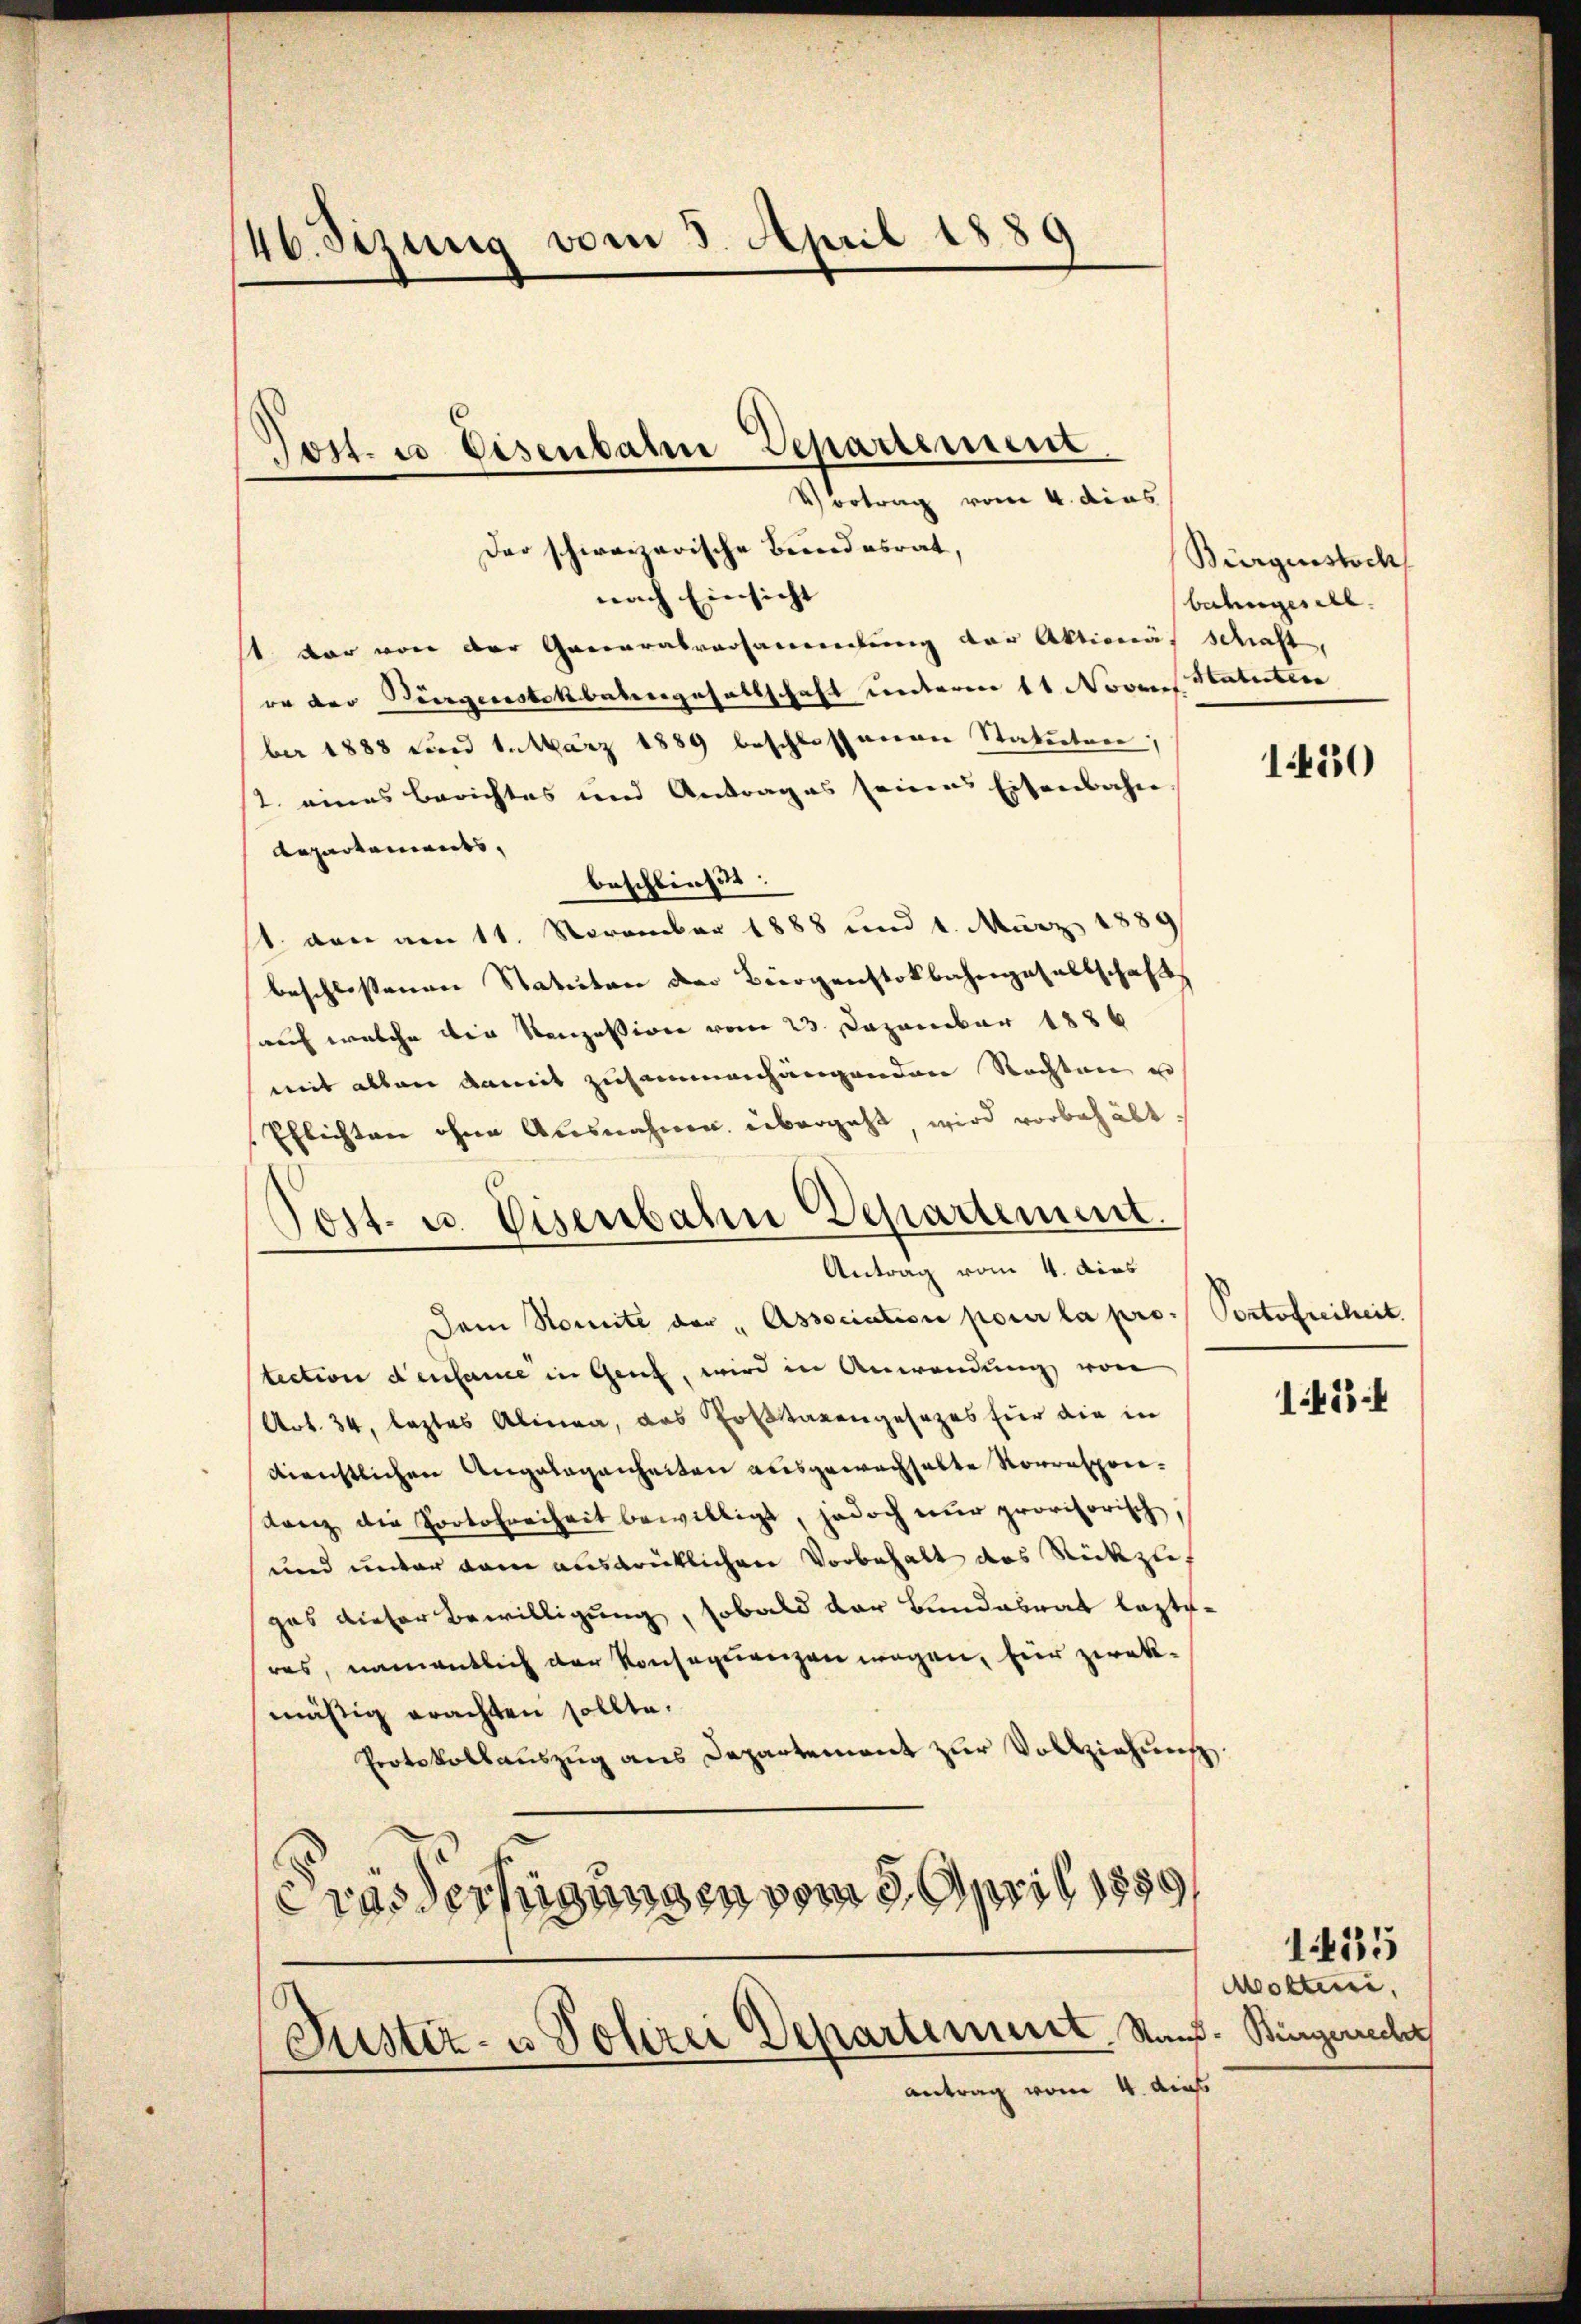
46. Sizung vom 3. April 1889

Jost u. Eisenbahn Departement
Vortrag vom 4. dies

Der schweizerische Beendesrat,
nach Einsicht
st vor von der Generalversammlung der Aktionär schaft,
eo der Bürgensbekbabergesellschaft unterm 11 Novens Statirtera
ber 1888 n 1. März 1889 beschlossenen Statuten,
2. eines Berichtes und Antrages seines Eisenbahn
Repartements,
beschließt:
t. von am 11. November 1888 und 4. März 1889
beschlossenen Statuten der Bürgenstokbahngesellschaft
such welche die Konzession vom 23 Dezember 1886
mit allen damit zusammenhängenden Rechten en
Pflichten ohne Ausnahmen übergeht, wird vorbehält.
Tost- u. Eisenbahn Departement.
Antrag vom 4. dies
Dem Somite der „Association pour la pro. Portofreiheit.
tection densame in Genf, wird in Anwendung von
Art. 34, leztes Alinea, das Portanengesezes für die in
dieichtlichen Angelegenheiten ausgewachhalte Vorrespoie¬
Lanz die Portofreiheit bewilligt, jedoch nur provisorisch,
und unter dem ausdrüklichen Vorbehalt das Rückzieh
gas dieser Bewilligung, sobald der Bundabrat lezteres, namentlich der Konsequenzen wegen, für zwekmächtig erachten sollte.
Protokollauszug aus Departement zur Vollziehung
crassertigungen vom 3. April 1889/

Justiz- u Polizei Departement Kauf. Bingerecher
antrag vom 4. dies

Bürgestoch
bahngesell

1450

145:

Molten,

1455